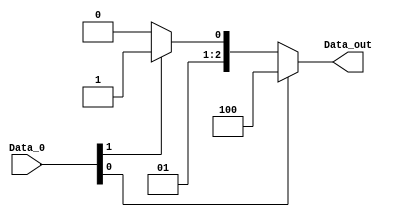
module FunctToShift (
	input wire [5:0] Data_0,
	output wire [2:0] Data_out
);

//000 faz nada
//001 load no registrador: deve ser um sinal de controle
//010 shift a esquerda n vezes sll -> 0000 00
													//  01
//011 shift a direita logico n vezes srl -> 0000 10
//100 shift a direita aritmetico n vezes sra -> 0000 11
//101 rotao a direita n vezes -> n tem na especificao
//110 rotao a esquerda n vezes -> n tem na especificao

// sllv	000100 
// sll 	000000 
// srl	000010 
// sra	000011 ok
// srav	000111 ok
// sllm (opcode)

	assign Data_out = (Data_0[0]) ? 3'b100 : (Data_0[1] ? 3'b011 : 3'b010);
	

endmodule